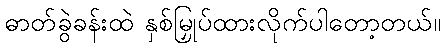
ဓာတ်ခွဲခန်းထဲ နှစ်မြှုပ်ထားလိုက်ပါတော့တယ်။